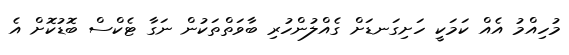
މުހިއްމު އެއް ކަމަކީ ހަށިގަނޑަށް ގެއްލުންހުރި ބާވަތްތަކުން ނަގާ ޓެކްސް ބޮޑުކޮށް އެ